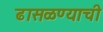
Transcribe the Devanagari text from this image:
ढासळण्याची